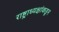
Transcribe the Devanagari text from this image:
राष्ट्राध्यक्षांकडून